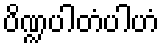
ပိဏ္ဍပါတံပါဟံ